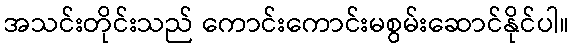
အသင်းတိုင်းသည် ကောင်းကောင်းမစွမ်းဆောင်နိုင်ပါ။